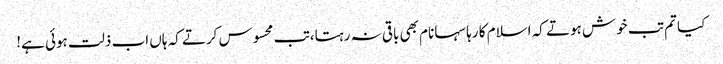
کیا تم تب خوش ہوتے کہ اسلام کا رہا سہا نام بھی باقی نہ رہتا،تب محسوس کرتے کہ ہاں اب ذلت ہوئی ہے!